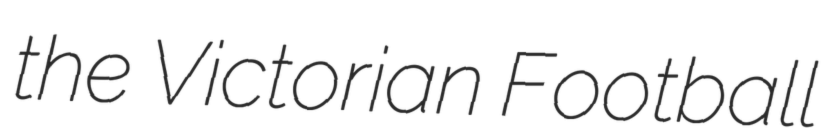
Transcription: the Victorian Football